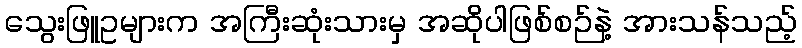
သွေးဖြူဥများက အကြီးဆုံးသားမှ အဆိုပါဖြစ်စဉ်နဲ့ အားသန်သည့်